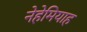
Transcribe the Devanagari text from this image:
नेहेमियाह